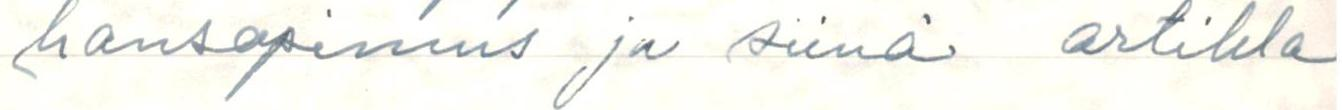
hansopimus ja siinä artikla